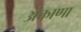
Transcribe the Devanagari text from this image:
अंकाणा